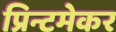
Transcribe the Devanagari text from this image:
प्रिन्टमेकर